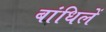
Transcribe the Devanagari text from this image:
बांधिलें